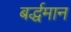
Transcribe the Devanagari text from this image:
बर्द्धमान